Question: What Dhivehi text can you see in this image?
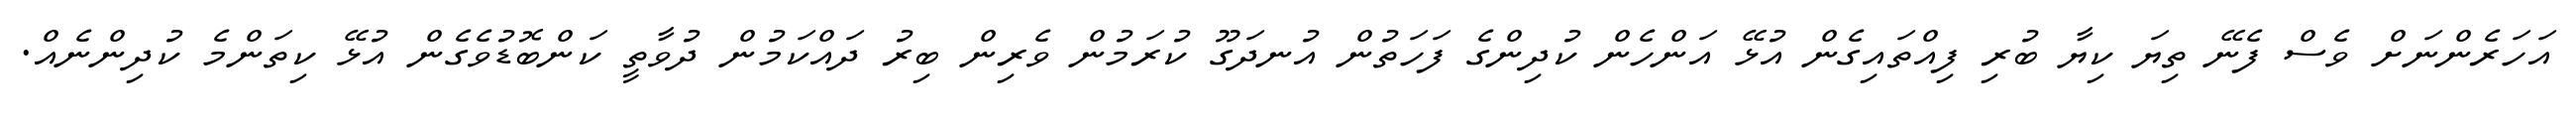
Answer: އަހަރެންނަށް ވެސް ފެނޭ ތިޔަ ކިޔާ ބުރި ފިއްތައިގެން އުޅޭ އަންހެން ކުދިންގެ ފަހަތުން އުނދަގޫ ކުރަމުން ވެރިން ބިރު ދައްކަމުން ދުވާތީ ކަންބޮޑުވެގެން އުޅޭ ކިތަންމެ ކުދިންނެއް.